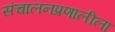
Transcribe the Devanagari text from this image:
संचालनप्रणालीला